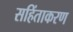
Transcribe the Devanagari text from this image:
सहिंताकरण